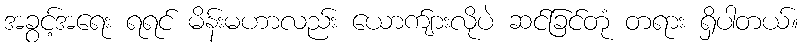
အခွင့်အရေး ရရင် မိန်းမဟာလည်း ယောက်ျားလိုပဲ ဆင်ခြင်တုံ တရား ရှိပါတယ်။